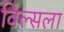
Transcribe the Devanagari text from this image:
विल्सला